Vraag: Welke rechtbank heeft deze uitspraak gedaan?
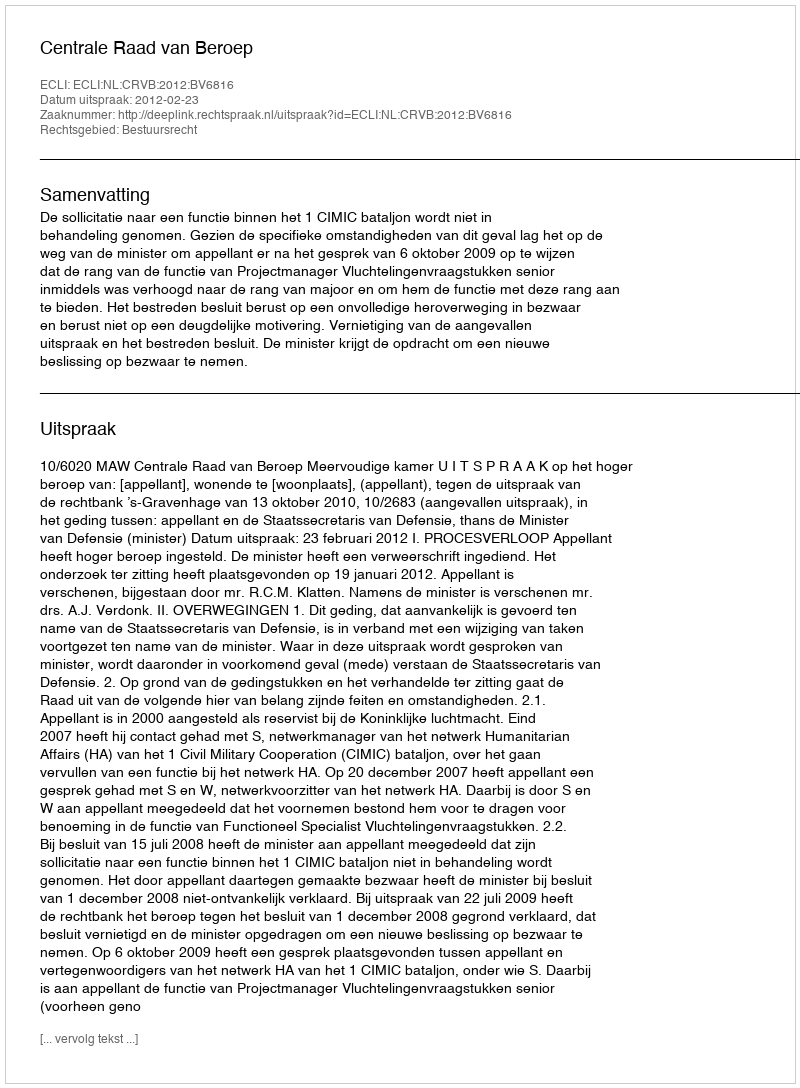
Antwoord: Centrale Raad van Beroep